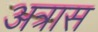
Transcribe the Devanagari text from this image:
अत्रास